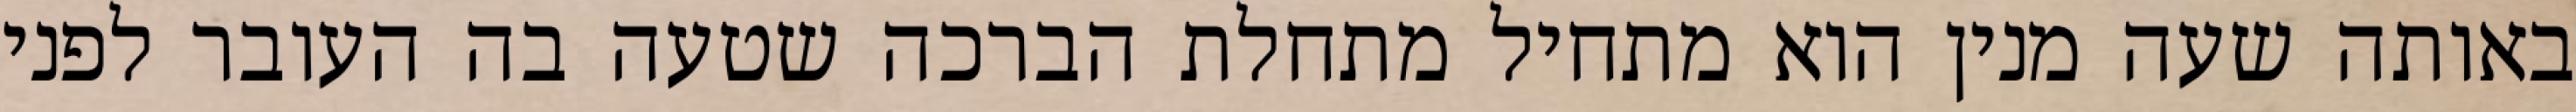
באותה שעה מנין הוא מתחיל מתחלת הברכה שטעה בה העובר לפני